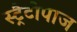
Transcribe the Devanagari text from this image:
स्ट्रैटोपाज